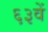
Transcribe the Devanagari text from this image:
६३वें